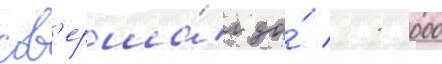
сов'ерша́л до́ 11 000